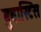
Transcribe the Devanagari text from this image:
बुबास्टिस